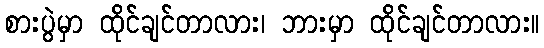
စားပွဲမှာ ထိုင်ချင်တာလား၊ ဘားမှာ ထိုင်ချင်တာလား။